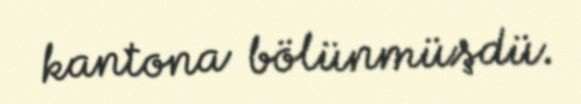
kantona bölünmüşdü.